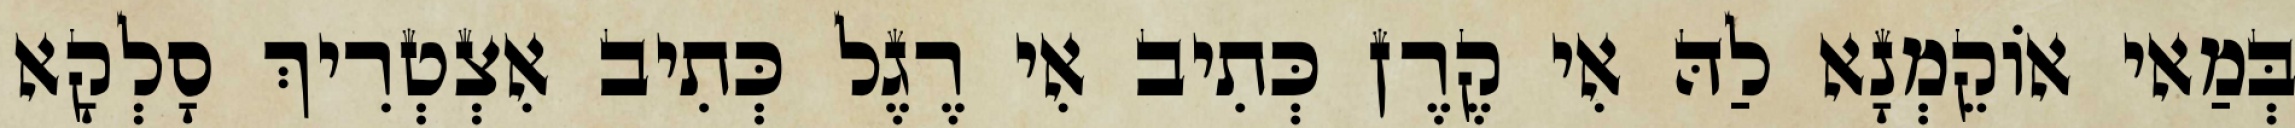
בְּמַאי אוֹקֵמְנָא לַהּ אִי קֶרֶן כְּתִיב אִי רֶגֶל כְּתִיב אִצְטְרִיךְ סָלְקָא